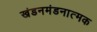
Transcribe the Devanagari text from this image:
खंडनमंडनात्मक